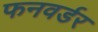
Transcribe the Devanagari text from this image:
फनवर्डर